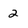
Character: 2